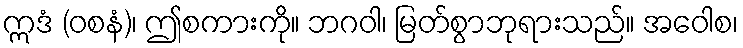
ဣဒံ (ဝစနံ)၊ ဤစကားကို။ ဘဂဝါ၊ မြတ်စွာဘုရားသည်။ အဝေါစ၊